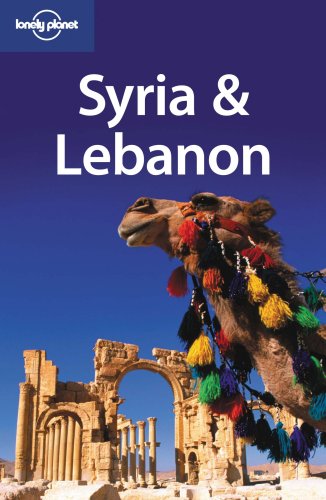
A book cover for Lonely Planet Syria & Lebanon (Lonely Planet Syria and Lebanon) (Multi Country Travel Guide); Terry Carter; Travel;